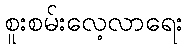
စူးစမ်းလေ့လာရေး